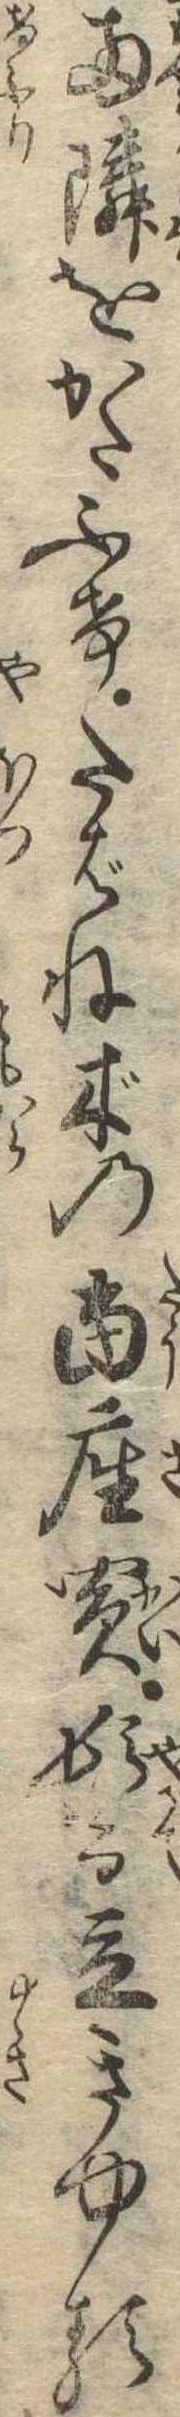
両隣をかたふけたばね木の当座買頓而立きゆる